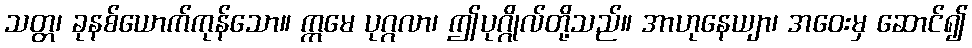
သတ္တ၊ ခုနစ်ယောက်ကုန်သော။ ဣမေ ပုဂ္ဂလာ၊ ဤပုဂ္ဂိုလ်တို့သည်။ အာဟုနေယျာ၊ အဝေးမှ ဆောင်၍